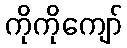
ကိုကိုကျော်